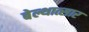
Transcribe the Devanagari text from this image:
बेल्थात्सार